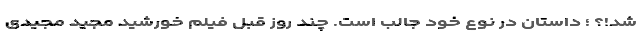
شد!؟ ؛ داستان در نوع خود جالب است. چند روز قبل فیلم خورشید مجید مجیدی